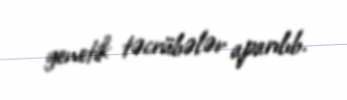
genetik təcrübələr aparılıb.